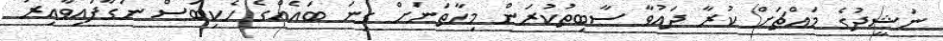
ނަޝީދުގެ މައްޗަށް ކުރާ ދައުވާ ސާބިތުކުރަން މިހާތަނަށް ގިނަ ބައެއްގެ ހެކިބަސް ނަގާފައިވާއިރު